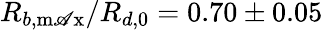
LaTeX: R_{b,\operatorname*{m\mathscr{A}x}}/R_{d,0}=0.70\pm0.05